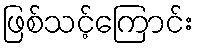
ဖြစ်သင့်ကြောင်း